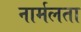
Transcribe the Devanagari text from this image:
नार्मलता